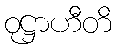
ဝုဋ္ဌာဟီတိ